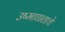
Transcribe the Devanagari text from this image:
उष्माघाताचे